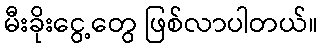
မီးခိုးငွေ့တွေ ဖြစ်လာပါတယ်။